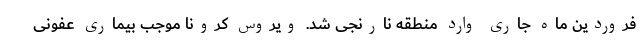
فروردین ماه جاری وارد منطقه نارنجی شد. ویروس کرونا موجب بیماری عفونی